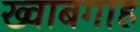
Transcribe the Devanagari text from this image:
ख्‍वाबगाह